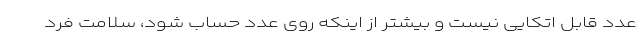
عدد قابل اتکایی نیست و بیشتر از اینکه روی عدد حساب شود، سلامت فرد